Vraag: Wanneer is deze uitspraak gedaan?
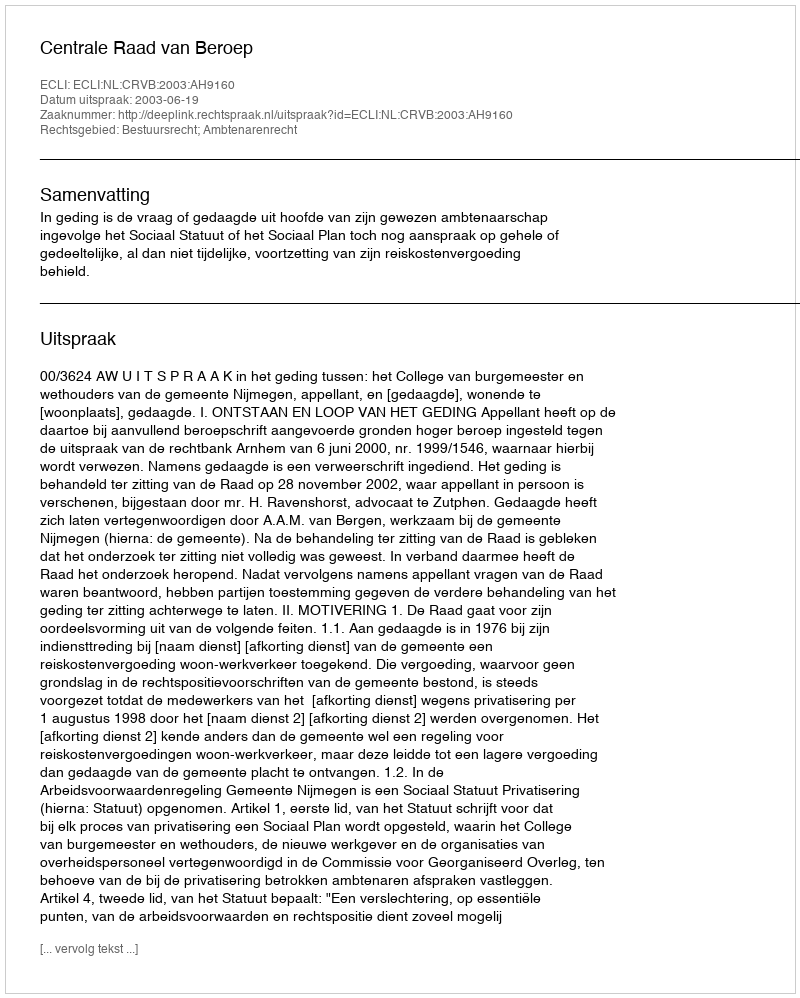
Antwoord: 2003-06-19